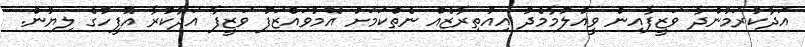
އަދާކުރަމުންދާ ވަޒީފާއިން ވީއްލުމާމެދު އިއުތިރާޒެއް ނެތްކަމަށް އެމުވައްޒަފު ވަޒީފާ އަދާކުރާ އޮފީހުގެ ލިޔުން.